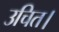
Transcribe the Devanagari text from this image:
उचित।